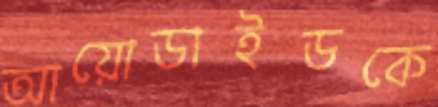
আয়োডাইডকে